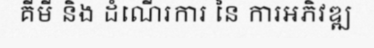
គីមី និង ដំណើរការ នៃ ការអភិវឌ្ឍ